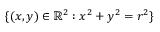
\{ ( x , y ) \in \mathbb { R } ^ { 2 } : x ^ { 2 } + y ^ { 2 } = r ^ { 2 } \}